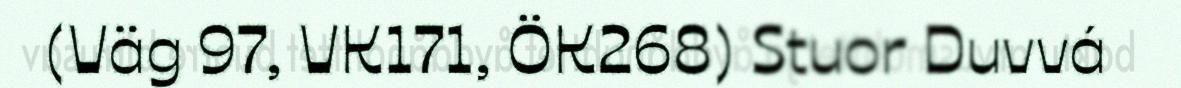
(Väg 97, VK171, ÖK268) Stuor Duvvá